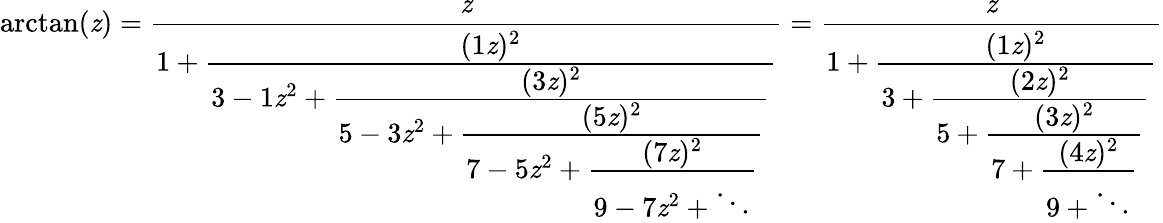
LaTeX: \arctan(\mathit{z})={\frac{{\mathit{z}}}{{1+{\cfrac{(1\mathit{z})^{2}}{3-1\mathit{z}^{2}+{\cfrac{(3\mathit{z})^{2}}{5-3\mathit{z}^{2}+{\cfrac{(5\mathit{z})^{2}}{7-5\mathit{z}^{2}+{\cfrac{(7\mathit{z})^{2}}{9-7\mathit{z}^{2}+\ddots}}}}}}}}}}}={\frac{{\mathit{z}}}{{1+{\cfrac{(1\mathit{z})^{2}}{3+{\cfrac{(2\mathit{z})^{2}}{5+{\cfrac{(3\mathit{z})^{2}}{7+{\cfrac{(4\mathit{z})^{2}}{9+\ddots}}}}}}}}}}}